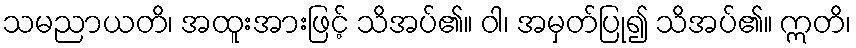
သမညာယတိ၊ အထူးအားဖြင့် သိအပ်၏။ ဝါ၊ အမှတ်ပြု၍ သိအပ်၏။ ဣတိ၊